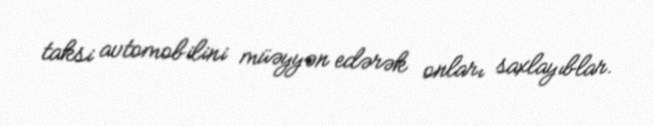
taksi avtomobilini müəyyən edərək onları saxlayıblar.